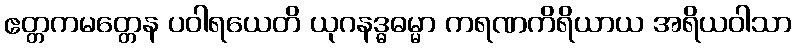
ဧတ္တကမတ္တေန ပဝါရယေတိ ယုဂနဒ္ဓဓမ္မာ ကရဏကိရိယာယ အရိယဝါသာ